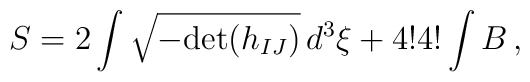
S = 2 \int \sqrt{-\mbox{det}(h_{IJ})} \, d^3\xi + 4!4! \int B\,,